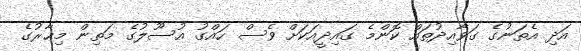
އަދި އެތަނުގެ ގަވާއިދުތައް ކޮންމެ ގައިދީއަކަށް ވެސް ހައްގު އުސޫލުގެ މަތިން މިޙާރުގެ